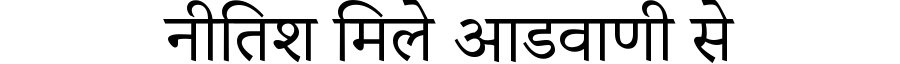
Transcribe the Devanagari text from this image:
नीतिश मिले आडवाणी से